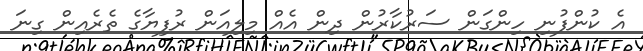
އެ ކުންފުނި ހިންގަން ސަރުކާރުން ދިން އެއް މިލިއަން ރުފިޔާގެ ތެރެއިން ގިނަ